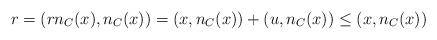
LaTeX: \begin{align*}r = (rn_C(x),n_C(x)) = (x,n_C(x)) + (u,n_C(x)) \leq (x,n_C(x))\end{align*}